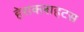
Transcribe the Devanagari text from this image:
हेराक्लाहटस